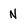
Character: N